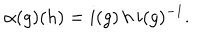
\alpha ( g ) ( h ) = i ( g ) \, h \, i ( g ) ^ { - 1 } .